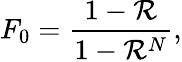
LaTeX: F_{0}=\frac{1-\mathcal{R}}{1-\mathcal{R}^{N}},